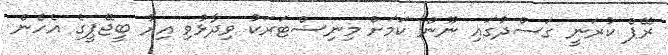
ރޭޕް ކުރަނީ ގަސްދުގައި ނޫން ކަމަށް މިނިސްޓަރަކު ވިދާޅުވި އިރު ބީޖޭޕީގެ އެހެން